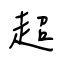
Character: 超